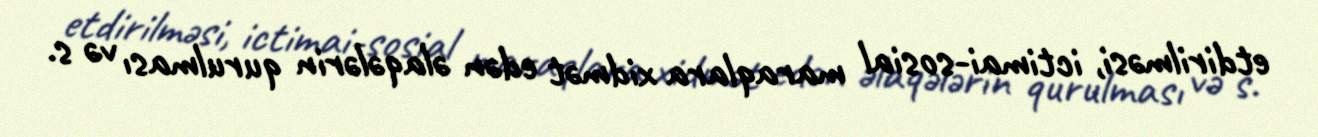
etdirilməsi, ictimai-sosial maraqlara xidmət edən əlaqələrin qurulması və s.